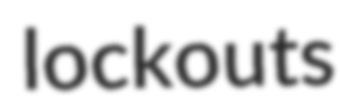
lockouts